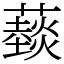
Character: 䕭